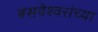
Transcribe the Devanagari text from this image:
बसवेश्वरांच्या